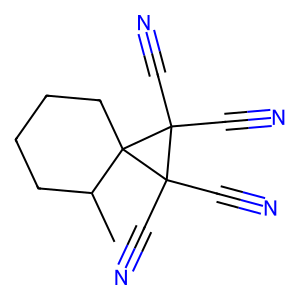
SMILES: CC1CCCCC12C(C#N)(C#N)C2(C#N)C#N
Inhibits HIV replication: No